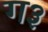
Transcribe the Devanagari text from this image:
ग३